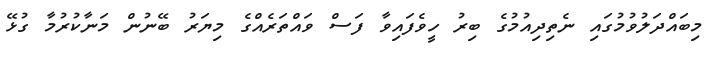
މިބައްދަލުވުމުގައި ނެތިދިއުމުގެ ބިރު ހީވެފައިވާ ފަސް ވައްތަރެއްގެ މިޔަރު ބޭނުން މަނާކުރުމާ ގުޅޭ